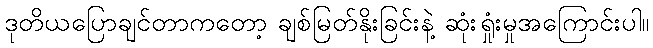
ဒုတိယပြောချင်တာကတော့ ချစ်မြတ်နိုးခြင်းနဲ့ ဆုံးရှုံးမှုအကြောင်းပါ။